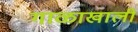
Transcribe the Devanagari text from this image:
गाळाखाली